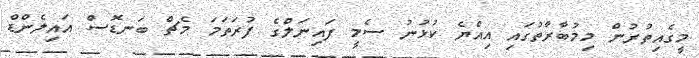
މީގެއިތުރުން މިމުބާރާތުގައި އިއްޔެ ކުޅުނު ސެމީ ފައިނަލްގެ ފުރަތަމަ މެޗް ބަނޑޮސް އައިލެންޑް